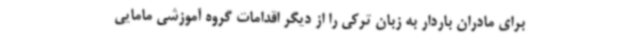
برای مادران باردار به زبان ترکی را از دیگر اقدامات گروه آموزشی مامایی